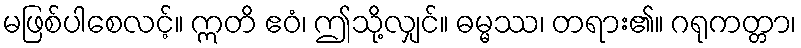
မဖြစ်ပါစေလင့်။ ဣတိ ဧဝံ၊ ဤသို့လျှင်။ ဓမ္မဿ၊ တရား၏။ ဂရုကတ္တာ၊